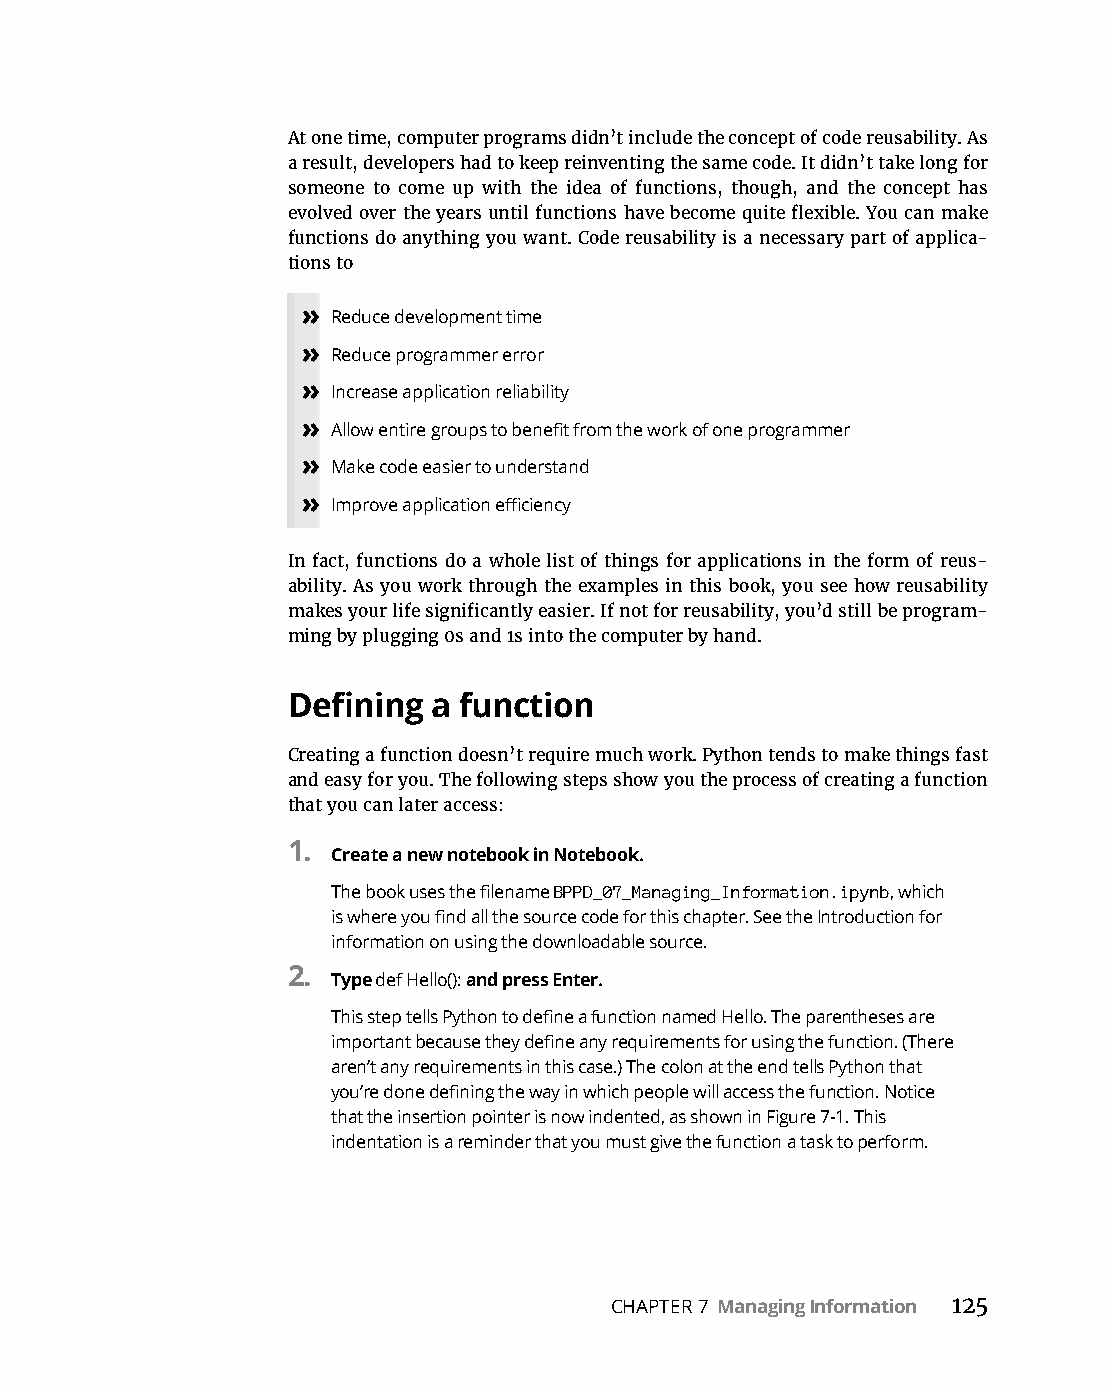
At one time, computer programs didn’t include the concept of code reusability. As
 a result, developers had to keep reinventing the same code. It didn’t take long for
 someone to come up with the idea of functions, though, and the concept has
 evolved over the years until functions have become quite flexible. You can make
 functions do anything you want. Code reusability is a necessary part of applica-
 tions to
 » Reduce development time
 » Reduce programmer error
 » Increase application reliability
 » Allow entire groups to benefit from the work of one programmer
 » Make code easier to understand
 » Improve application efficiency
 In fact, functions do a whole list of things for applications in the form of reus-
 ability. As you work through the examples in this book, you see how reusability
 makes your life significantly easier. If not for reusability, you’d still be program-
 ming by plugging 0s and 1s into the computer by hand.
 Defining  a function
 Creating a function doesn’t require much work. Python tends to make things fast
 and easy for you. The following steps show you the process of creating a function
 that you can later access:
 1.
 Create a new notebook in Notebook.
 The book uses the filename BPPD_07_Managing_Information.ipynb, which
 is where you find all the source code for this chapter. See the Introduction for
 information on using the downloadable source.
 2.
 Type def Hello(): and press Enter.
 This step tells Python to define a function named Hello. The parentheses are
 important because they define any requirements for using the function. (There
 aren’t any requirements in this case.) The colon at the end tells Python that
 you’re done defining the way in which people will access the function. Notice
 that the insertion pointer is now indented, as shown in Figure 7-1. This
 indentation is a reminder that you must give the function a task to perform.
 CHAPTER 7 Managing Information 125